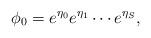
LaTeX: \begin{align*}\phi_0=e^{\eta_0}e^{\eta_1}\cdots e^{\eta_S},\end{align*}